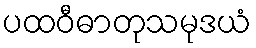
ပထဝီဓာတုသမုဒယံ